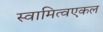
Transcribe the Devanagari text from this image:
स्वामित्वएकल